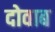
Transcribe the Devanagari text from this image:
दोवाब